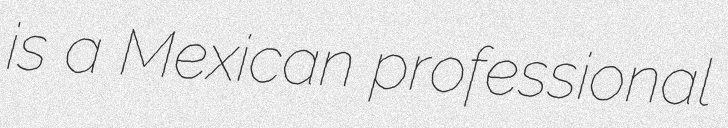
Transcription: is a Mexican professional